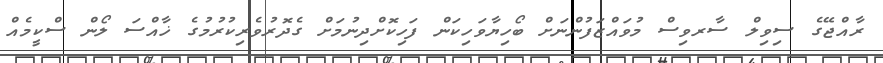
ރާއްޖޭގެ ސިިވިލް ސާރވިސް މުވައްޒަފުންނަށް ބޯހިޔާވަހިކަން ފަހިކޮށްދިނުމަށް ގެދޮރުވެރިކުރުމުގެ ޚާއްސަ ލޯން ސްކީމެއް